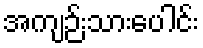
အကျဉ်းသားပေါင်း